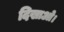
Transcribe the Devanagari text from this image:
दिखाओ।